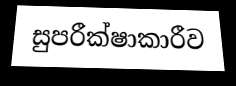
සුපරීක්ෂාකාරීව